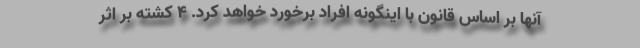
آنها بر اساس قانون با اینگونه افراد برخورد خواهد کرد. 4 کشته بر اثر